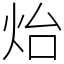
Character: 炲